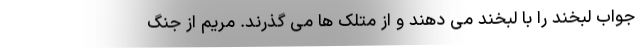
جواب لبخند را با لبخند می دهند و از متلک ها می گذرند. مریم از جنگ